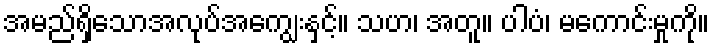
အမည်ရှိသောအလုပ်အကျွေးနှင့်။ သဟ၊ အတူ။ ပါပံ၊ မကောင်းမှုကို။